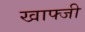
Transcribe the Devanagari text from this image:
खाफ्जी